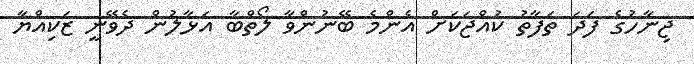
ޖިނާހުގެ ފަދަ ތަފާތު ކުއްޖަކަށް އެންމެ ބޭނުންވާ ލޯތްބާ އަޅާލުން ދެވޭނީ ޒަކިއްޔާ